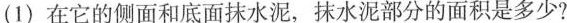
(1) 在它的侧面和底面抹水泥，抹水泥部分的面积是多少?